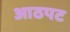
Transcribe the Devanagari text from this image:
आठपट